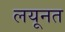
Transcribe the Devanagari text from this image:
लयूनत